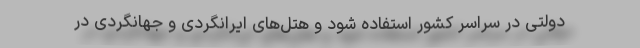
دولتی در سراسر کشور استفاده شود و هتل‌های ایرانگردی و جهانگردی در